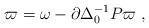
LaTeX: \begin{align*}\varpi = \omega - \partial\Delta_0^{-1}P\varpi\;,\end{align*}